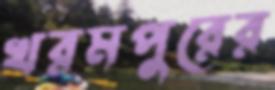
খরমপুরের